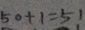
5 0 + 1 = 5 1